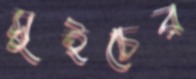
সুইচের